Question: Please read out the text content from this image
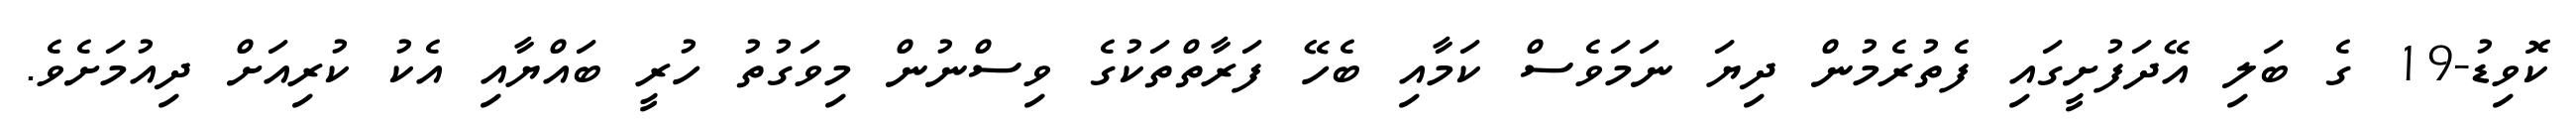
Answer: ކޮވިޑު-19 ގެ ބަލި އޭދަފުށީގައި ފެތުރެމުން ދިޔަ ނަމަވެސް ކަމާއި ބެހޭ ފަރާތްތަކުގެ ވިސްނުން މިވަގުތު ހުރީ ބައްޔާއި އެކު ކުރިއަށް ދިއުމަށެވެ.